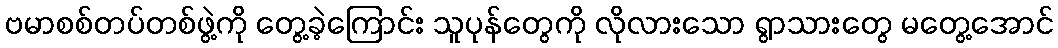
ဗမာစစ်တပ်တစ်ဖွဲ့ကို တွေ့ခဲ့ကြောင်း သူပုန်တွေကို လိုလားသော ရွာသားတွေ မတွေ့အောင်